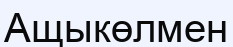
Ащыкөлмен